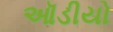
ઑડીયો